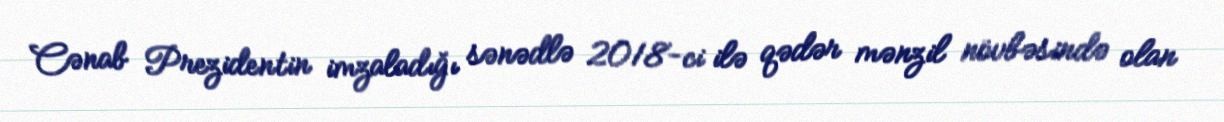
Cənab Prezidentin imzaladığı sənədlə 2018-ci ilə qədər mənzil növbəsində olan